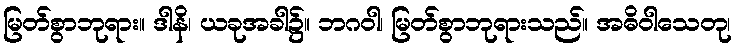
မြတ်စွာဘုရား။ ဒါနိ၊ ယခုအခါ၌။ ဘဂဝါ၊ မြတ်စွာဘုရားသည်။ အဓိဝါသေတု၊